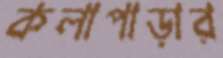
কলাপাড়ার